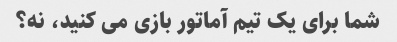
شما برای یک تیم آماتور بازی می کنید، نه؟